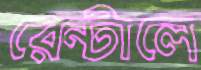
রেন্টালে